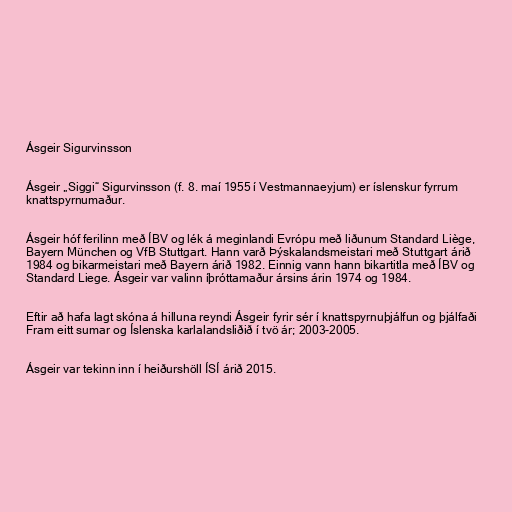
Ásgeir Sigurvinsson

Ásgeir „Siggi“ Sigurvinsson (f. 8. maí 1955 í Vestmannaeyjum) er íslenskur fyrrum
knattspyrnumaður.

Ásgeir hóf ferilinn með ÍBV og lék á meginlandi Evrópu með liðunum Standard Liège,
Bayern München og VfB Stuttgart. Hann varð Þýskalandsmeistari með Stuttgart árið
1984 og bikarmeistari með Bayern árið 1982. Einnig vann hann bikartitla með ÍBV og
Standard Liege. Ásgeir var valinn íþróttamaður ársins árin 1974 og 1984.

Eftir að hafa lagt skóna á hilluna reyndi Ásgeir fyrir sér í knattspyrnuþjálfun og þjálfaði
Fram eitt sumar og Íslenska karlalandsliðið í tvö ár; 2003-2005.

Ásgeir var tekinn inn í heiðurshöll ÍSÍ árið 2015.